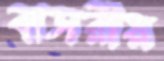
বাসরীয়